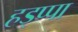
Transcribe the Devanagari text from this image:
हड्प्पा